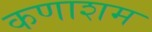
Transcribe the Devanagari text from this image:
कणाशम